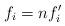
LaTeX: \begin{align*}f_i=n f'_i \end{align*}